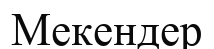
Мекендер